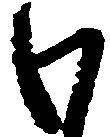
も